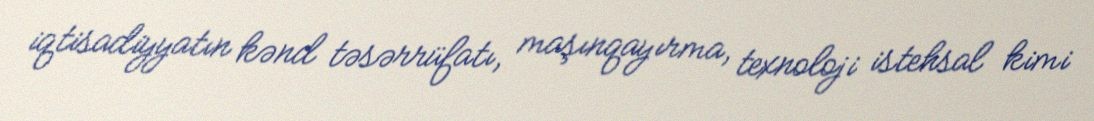
iqtisadiyyatın kənd təsərrüfatı, maşınqayırma, texnoloji istehsal kimi